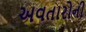
અવતારોની